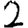
Digit: 2